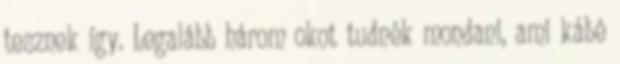
tesznek így. Legalább három okot tudnék mondani, ami kábé